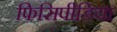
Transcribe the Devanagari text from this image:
फिसिपीडिया